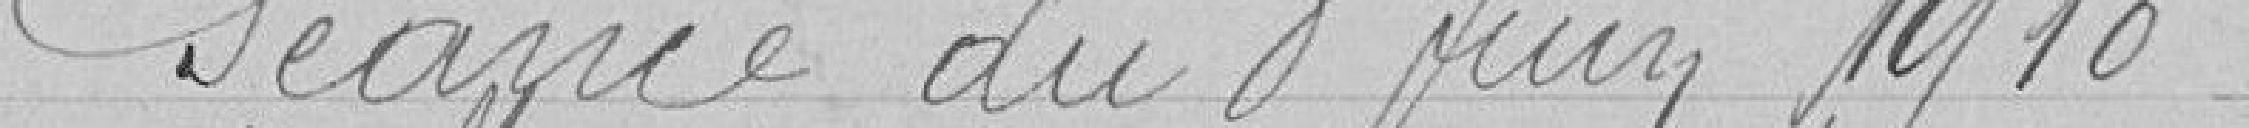
Séance du 8 juin 1910